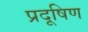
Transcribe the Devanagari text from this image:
प्रदूषिण